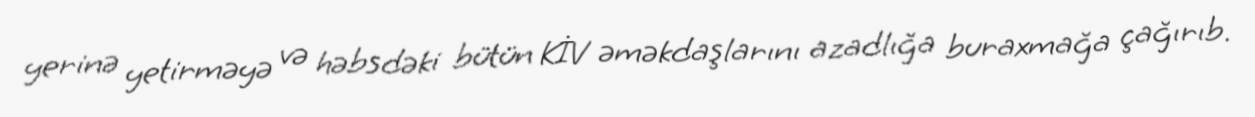
yerinə yetirməyə və həbsdəki bütün KİV əməkdaşlarını azadlığa buraxmağa çağırıb.